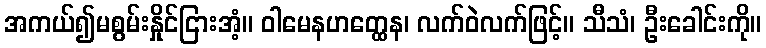
အကယ်၍မစွမ်းနှိုင်ငြားအံ့။ ဝါမေနဟတ္ထေန၊ လက်ဝဲလက်ဖြင့်။ သီသံ၊ ဦးခေါင်းကို။